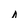
Character: n